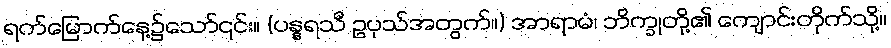
ရက်မြောက်နေ့၌သော်၎င်း။ (ပန္နရသီ ဥပုသ်အတွက်။) အာရာမံ၊ ဘိက္ခုတို့၏ ကျောင်းတိုက်သို့။